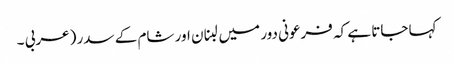
کہا جاتا ہے کہ فرعونی دور میں لبنان اور شام کے سدر (عربی ۔